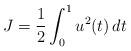
LaTeX: \begin{align*}{}J = \frac{1}{2}\int_0^1 {{u^2}(t)\,dt}\end{align*}